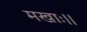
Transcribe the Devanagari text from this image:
मखाः।।